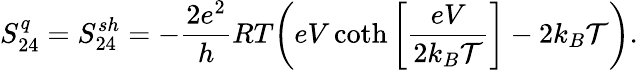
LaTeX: {S_{24}^{q}=S_{24}^{sh}=-\frac{2e^{2}}{h}RT\bigg(eV\coth\left[\frac{eV}{2k_{B}\mathcal{T}}\right]-2k_{B}\mathcal{T}\bigg)}.